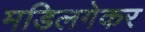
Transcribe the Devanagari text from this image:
मडिलगेकर